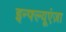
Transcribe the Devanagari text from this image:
इन्फ्ल्यूएंज़ा